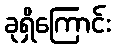
ခုရှိကြောင်း